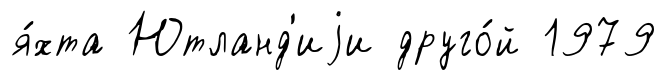
я́хта Ютланд'иjи друго́й 1979